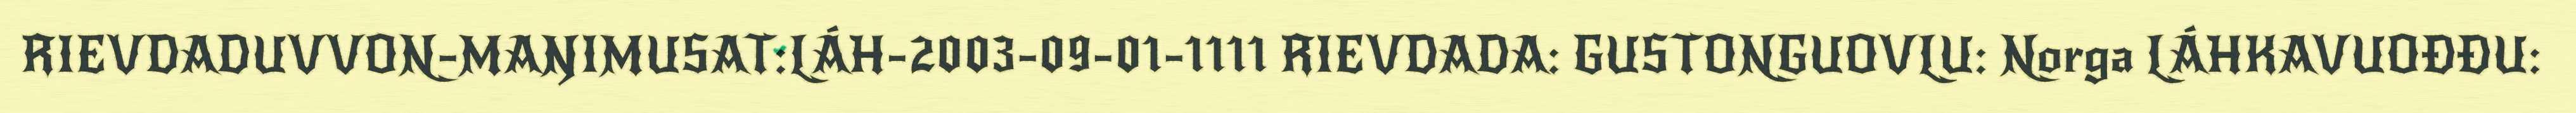
RIEVDADUVVON-MAŊIMUSAT:LÁH-2003-09-01-1111 RIEVDADA: GUSTONGUOVLU: Norga LÁHKAVUOĐĐU: